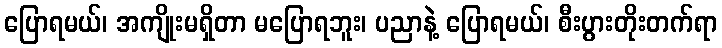
ပြောရမယ်၊ အကျိုးမရှိတာ မပြောရဘူး၊ ပညာနဲ့ ပြောရမယ်၊ စီးပွားတိုးတက်ရာ